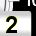
Digit: 2